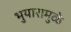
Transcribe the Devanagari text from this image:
भुयारामुळे